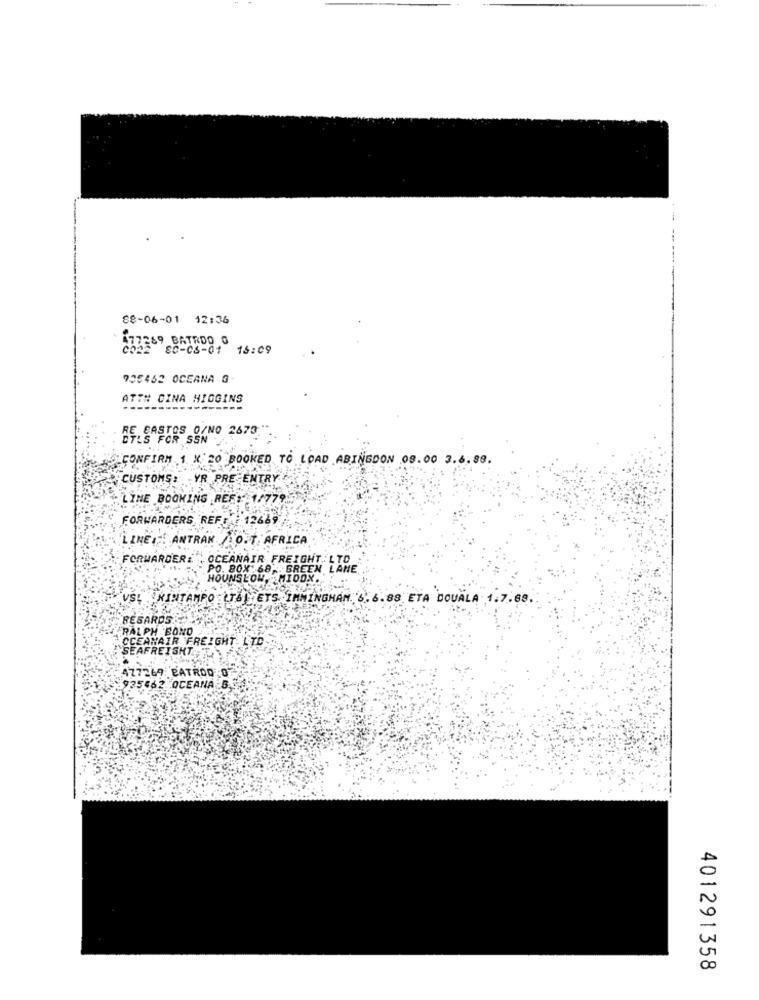
88-06-01 12:36
72269 BATRDO O
SC-06-01 15:09
705462 OCEANA G
ATT# CINA HIGGINS
E BASTOS 0/NO 2673
ETLS FOR SSN
CONFIRM 1 X 20 BOOKED TO LOAD ABINGDON 08.00 3.6.88.
CUSTOMS: VR PRE ENTRY
LINE BOOKING REET 1/779
FORWARDERS REF: 12669
"LINE ... ANTRAN /AO.T. AFRICA
FORWARDER: . OCEANAIR FREIGHT. LTD
PO. 80X 68, GREEN LAME
HOUNSLOW, MIDON.
VSL KINTAMPO (TSJETS IMMINGHAM. 6. 6.88 ETA DOUALA 1.7.68.
REGARDS
RALPH 'BOND
WAIR FREIGHT LTD
REISHT
7269. PATROO O
935462 OCEANA
401291358